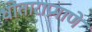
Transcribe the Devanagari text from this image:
धोताराप्रमाणे